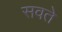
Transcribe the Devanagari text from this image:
सवते